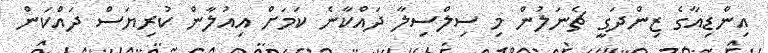
އިންޑިއާގެ ޒިންދަގީ ޗެނަލުން މި ސިލްސިލާ ދައްކާނެ ކަމަށް އިއުލާން ކުރިޔަސް ދައްކަން